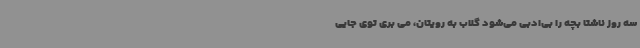
سه روز ناشتا بچه را بی‌ادبی می‌شود گلاب به رویتان، می بری توی جایی